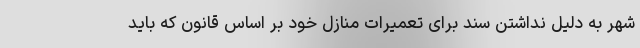
شهر به دلیل نداشتن سند برای تعمیرات منازل خود بر اساس قانون که باید